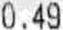
0.49